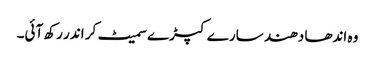
وہ اندھا دھند سارے کپڑے سمیٹ کر اندر رکھ آئی۔